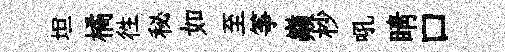
坦橘徃秘如至筝巔杪吼睛口